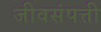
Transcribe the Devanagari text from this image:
जीवसंपत्ती